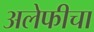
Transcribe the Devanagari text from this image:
अलेफीचा